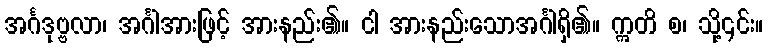
အင်္ဂဒုဗ္ဗလာ၊ အင်္ဂါအားဖြင့် အားနည်း၏။ ငါ အားနည်းသောအင်္ဂါရှိ၏။ ဣတိ စ၊ သို့၎င်း။